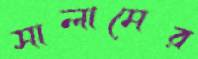
সালামের